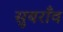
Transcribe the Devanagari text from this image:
सुबराँव